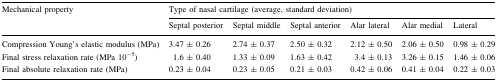
| <ROWSPAN=2> Mechanical property | <COLSPAN=6> Type of nasal cartilage (average, standard deviation) |
 | Septal posterior | Septal middle | Septal anterior | Alar lateral | Alar medial | Lateral |
 | --- | --- | --- | --- | --- | --- | --- |
 | Compression Young’s elastic modulus (MPa) | 3.47 ± 0.26 | 2.74 ± 0.37 | 2.50 ± 0.32 | 2.12 ± 0.50 | 2.06 ± 0.50 | 0.98 ± 0.29 |
 | Final stress relaxation rate (MPa 10−5) | 1.6 ± 0.40 | 1.33 ± 0.09 | 1.63 ± 0.42 | 3.4 ± 0.13 | 3.26 ± 0.15 | 1.46 ± 0.06 |
 | Final absolute relaxation rate (MPa) | 0.23 ± 0.04 | 0.23 ± 0.05 | 0.21 ± 0.03 | 0.42 ± 0.06 | 0.41 ± 0.04 | 0.22 ± 0.03 |